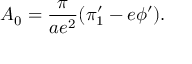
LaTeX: A _ { 0 } = { \frac { \pi } { a e ^ { 2 } } } ( \pi _ { 1 } ^ { \prime } - e \phi ^ { \prime } ) .